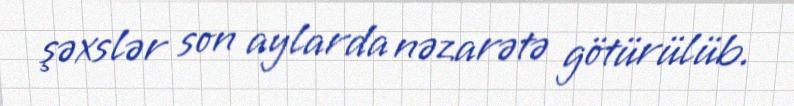
şəxslər son aylarda nəzarətə götürülüb.